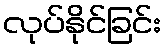
လုပ်နိုင်ခြင်း